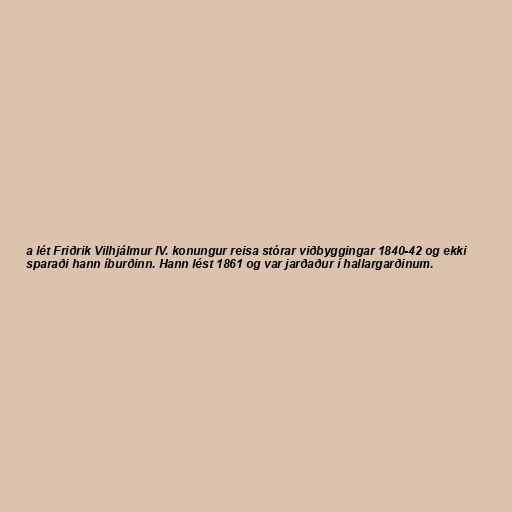
a lét Friðrik Vilhjálmur IV. konungur reisa stórar viðbyggingar 1840-42 og ekki
sparaði hann íburðinn. Hann lést 1861 og var jarðaður í hallargarðinum.